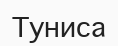
Туниса